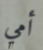
أمي